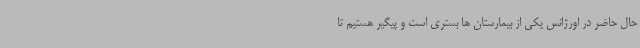
حال حاضر در اورژانس یکی از بیمارستان ها بستری است و پیگیر هستیم تا